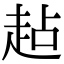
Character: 趈